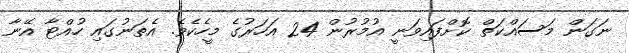
ނަގަން މަސައްކަތް ކޮށްފައިވަނީ އުމުރުން 24 އަހަރުގެ މީހެކެވެ. އެތަނުގައި ހުއްޓާ އޭނާ